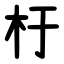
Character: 杅